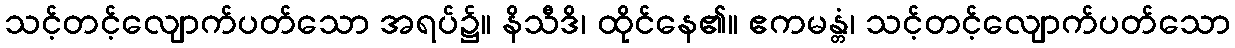
သင့်တင့်လျောက်ပတ်သော အရပ်၌။ နိသီဒိ၊ ထိုင်နေ၏။ ဧကမန္တံ၊ သင့်တင့်လျောက်ပတ်သော